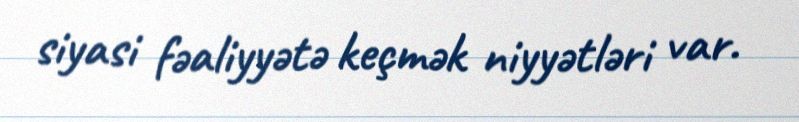
siyasi fəaliyyətə keçmək niyyətləri var.